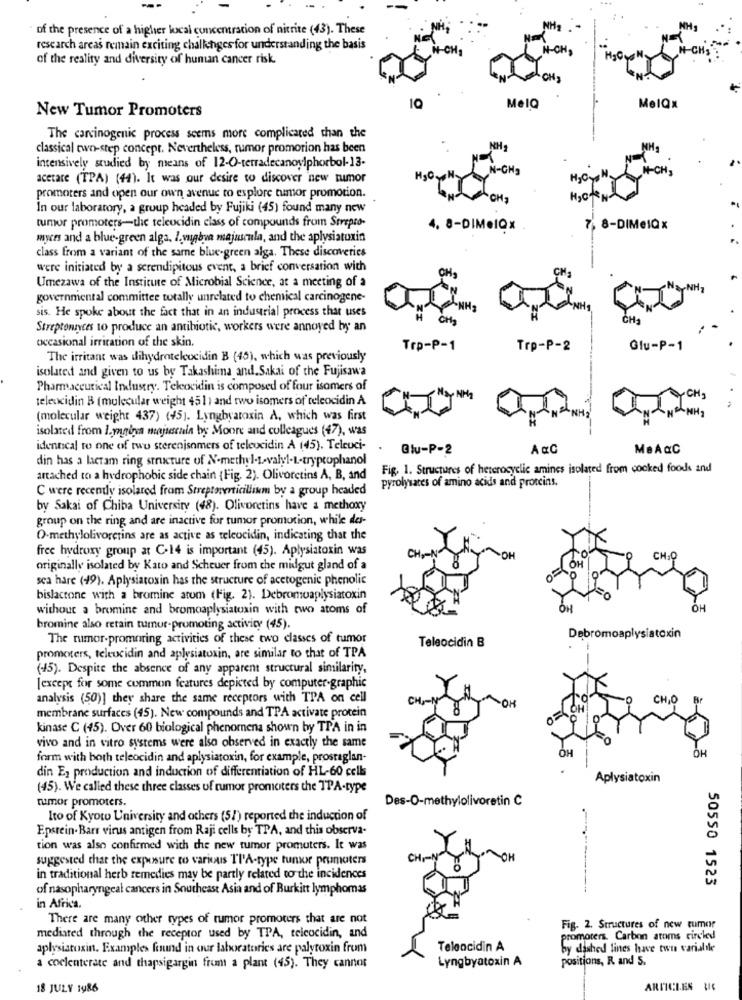
of the presence of a higher local concentration of nitrite (43). These
research areas remain exciting chalkchges for understanding the basis
N-CH
+-CHS
of the reality and diversity of human cancer risk.
OH,
MelQ
10
MelQx
New Tumor Promoters
The carcinogenic process seems more complicated than the
classical two-step concept. Nevertheless, rumor promorion has been
intensively studied by means of 12-0-terradecanoylphorbol-13.
N-GHg
N-CH,
acetare (TPA) (44). It was our desire to discover new tumor
promoters and open our own avenue to explore tumor promotion.
CH
In our laboratory, a group headed by Fujiki (45) found many new
tumor promoters-the teleucidin class of compounds from Strepto-
4. 8-DIM.IQx
7 8-DIMelQx
myrs and a blue-green alga, I.vugbva majuscule, and the aplysiatoxin
class from a variant of the same blue-green alga. These discoveries
were initiated by a serendipitous event, a brief conversation with
Umezawa of the Institute of Microbial Science, at a meeting of a
governmental committee totally unrelated to chemical carcinogene-
sis. He spoke about the fact that in an industrial process that uses
CHA
Streptonavces to produce an antibiotic, workers were annoyed by an
occasional irritation of the skin.
Trp-P-1
Trp-P-2
Glu-P-1
The irritant was dihydrotelcocidin B (45), which was previously
isolated and given to us by Takashima and.Sakai of the Fujisawa
Pharmaceutical Industry. Teleocidin is composed of four isomers of
teleocidin B (molecular weight 451) and two isomers of teleocidin A
-CH3
(molecular weight 437) (45). Lyngbyatoxin A, which was first
isolated from 1.ynabea majuscule by Moore and colleagues (47), was
identical to one of two sterenisomers of teleucidin A (45). Teleuci-
@lu-P-2
A&C
MeAQC
din has a lacram ring structure of N-methyl-t-valyl-L-tryptophanol
Fig. 1. Structures of heterocyclic amines isolated from cooked foods and
attached to a hydrophobic side chain (Fig. 2). Olivorctins A, B, and
C were recently isolared from Streptoperticillium by a group headed
pyrolysates of amino acids and proteins.
by Sakai of Chiba University (48). Olivoretins have a methoxy
group on the ring and are inactive for tumor promotion, while da-
O-methylolivoretins are as active as teleocidin, indicating that the
free hydroxy group at C-14 is important (45). Aplysiatoxin was
CH-O
originally isolated by Kato and Scheuer from the midgut gland of a
sea hare (49). Aplysiatoxin has the structure of acetogenic phenolic
bislactone with a bromine atom (Fig. 2). Debromoaplysiatoxin
without a bromine and bromoaplysiatoxin with two atoms of
OH
OH
bromine also retain tumur-promoting activity (45).
The rumor-promoring activities of these two classes of tumor
Teleocidin B
Debromoaplysiatoxin
promoters, teleucidin and aplysiatoxin, are similar to that of TPA
(45). Despite the absence of any apparent structural similarity,
[except for some common features depicted by computer-graphic
analysis (50)] they share the same receptors with TPA on cell
CH
OK
CHIO
Br
membrane surfaces (45). New compounds and TPA activate protein
kinase C (45). Over 60 biological phenomena shown by TPA in in
vivo and in vitro systems were also observed in exactly the same
OH
OH
form with both teleocidin and aplysiatoxin, for example, prostaglan-
din E, production and induction of differentiation of HL-60 cell
Aplysiatoxin
(45). We called these three classes of tumor promoters the TPA-type
rumor promoters.
Des-O-methylolivoretin C
Ito of Kyoto University and others (51) reported the induction of
Epstein- Barr virus antigen from Raji cells by TPA, and this observa-
tion was also confirmed with the new tumor promuters. It was
suggested that the exposure to various Tl'A-type tumor prumoters
CHP
in traditional herb remedies may be partly related to the incidences
50550 1523
of nasopharyngeal cancers in Southeast Asia and of Burkitt lymphomas
in Africa.
There are many other types of rumor promoters that are not
Fig. 2. Structures of new tumor
mediated through the receptor used by TPA, telcocidin, and
promoters. Carbon atoms circled
aplysiatoxin. Examples found in our laboratories are palytoxin from
Telaacidin A
by dashed lines have twee variabile
Lyngbyatoxin A
positions, R and S.
a coclenterate and thapsigargin from a plant (45). They cannot
18 JULY 1986
ARTICLES &IC